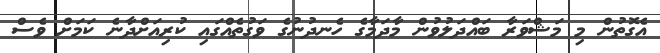
އެގޮތުން މި މަޝްވަރާ ބައްދަލުވުން މާދަމާގެ ހެނދުނުގެ ވަގުތެއްގައި ކުރިއަށްދާނެ ކަމަށް ވެސް